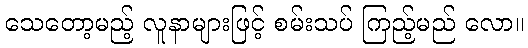
သေတော့မည့် လူနာများဖြင့် စမ်းသပ် ကြည့်မည် လော။